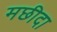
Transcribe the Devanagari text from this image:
मछीदा